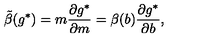
\tilde { \beta } ( g ^ { * } ) = m { \frac { \partial g ^ { * } } { \partial m } } = \beta ( b ) { \frac { \partial g ^ { * } } { \partial b } } ,